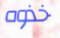
خذوه